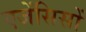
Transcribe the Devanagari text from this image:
एजेंसिसों